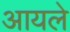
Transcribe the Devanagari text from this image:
आयले